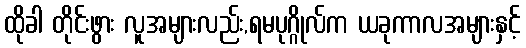
ထိုခါ တိုင်းဖွား လူအများလည်း,ရမပုဂ္ဂိုလ်က ယခုကာလအများနှင့်